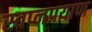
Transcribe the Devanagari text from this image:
स्वप्नप्रयाण